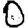
Digit: 0